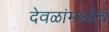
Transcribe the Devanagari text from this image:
देवळांमध्येच